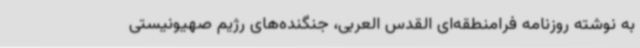
به نوشته روزنامه فرامنطقه‌ای القدس العربی، جنگنده‌های رژیم صهیونیستی